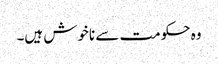
وہ حکومت سے ناخوش ہیں۔